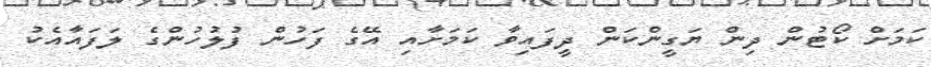
ކަމަށް ކޯޓުން ދިން ޔަގީންކަން ދީފައިވާ ކަމަށާއި އޭގެ ފަހުން ފުލުހުންގެ ލަފައާއެކު